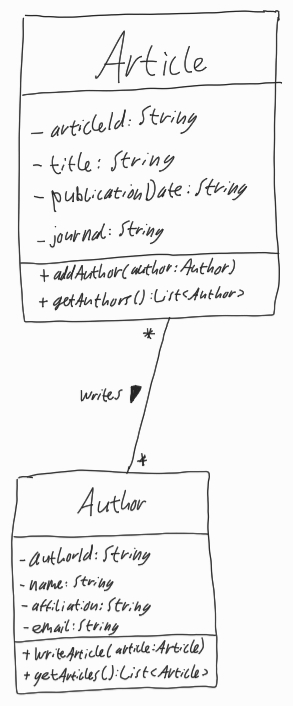
Diagram type: class_diagram
```plantuml
@startuml

class Article {
  - articleId: String
  - title: String
  - publicationDate: String
  - journal: String
  + addAuthor(author: Author)
  + getAuthors(): List<Author>
}

class Author {
  - authorId: String
  - name: String
  - affiliation: String
  - email: String
  + writeArticle(article: Article)
  + getArticles(): List<Article>
}

Article "*" -- "*" Author : writes >

@enduml
```